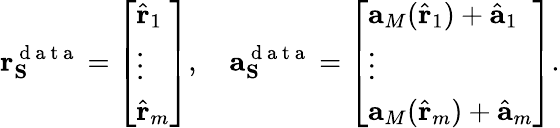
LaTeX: \mathbf{r}_{\mathbf{S}}^{\mathrm{~d~a~t~a~}}=\left[\begin{array}{l}{\hat{\mathbf{r}}_{1}}\\ {\vdots}\\ {\hat{\mathbf{r}}_{m}}\end{array}\right],\quad\mathbf{a}_{\mathbf{S}}^{\mathrm{~d~a~t~a~}}=\left[\begin{array}{l}{\mathbf{a}_{M}(\hat{\mathbf{r}}_{1})+\hat{\mathbf{a}}_{1}}\\ {\vdots}\\ {\mathbf{a}_{M}(\hat{\mathbf{r}}_{m})+\hat{\mathbf{a}}_{m}}\end{array}\right].